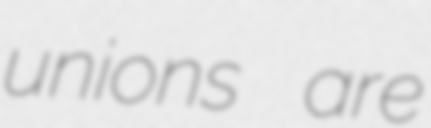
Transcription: unions are